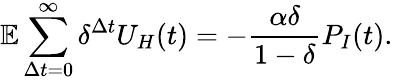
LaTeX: \mathbb{E}\sum_{\Delta t=0}^{\infty}\delta^{\Delta t}U_{H}(t)=-\frac{\alpha\delta}{1-\delta}P_{I}(t).